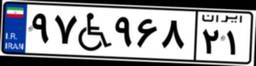
۸۵W۳۰۹۸۶